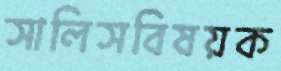
সালিসবিষয়ক